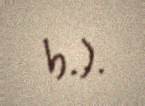
b.).